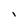
Character: l